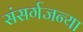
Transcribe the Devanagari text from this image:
संसर्गजन्या